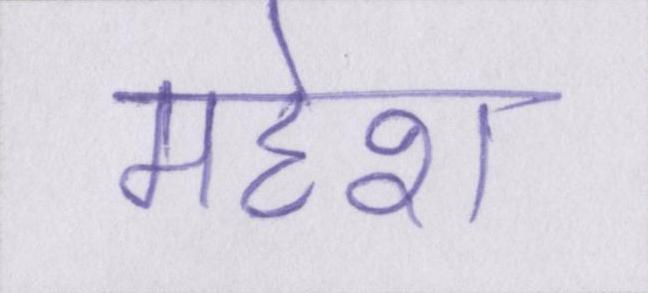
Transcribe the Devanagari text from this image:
महेश